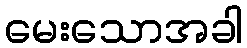
မေးသောအခါ